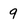
Character: 9